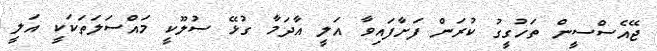
ޖޭއެސްސީން ތަހުގީގު ކުރަން ފަށާފައިވާ އަލީ އާދަމާ ގުޅޭ ސުލޫކީ މައްސަލަތަކަކީ އަލީ